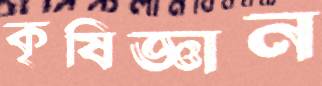
কৃষিজ্ঞান